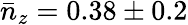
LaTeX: \bar{n}_{z}=0.38\pm 0.2